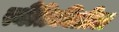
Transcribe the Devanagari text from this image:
स्थैतिकीतील